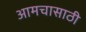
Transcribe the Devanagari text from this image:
आमचासाठी